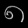
Digit: ၈